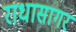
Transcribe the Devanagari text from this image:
राधासागर